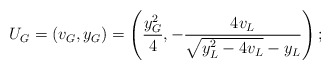
\begin{align*}U_G=(v_G,y_G)=\left(\frac{y_G^2}{4},-\frac{4v_L}{\sqrt{y_L^2-4v_L}-y_L} \right);\end{align*}